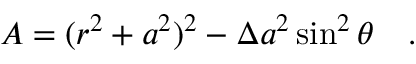
A = ( r ^ { 2 } + a ^ { 2 } ) ^ { 2 } - \Delta a ^ { 2 } \sin ^ { 2 } \theta ~ ~ ~ .